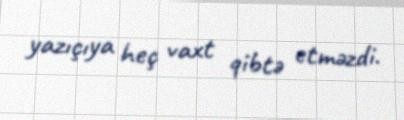
yazıçıya heç vaxt qibtə etməzdi.